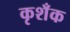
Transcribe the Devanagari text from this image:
कृशँक